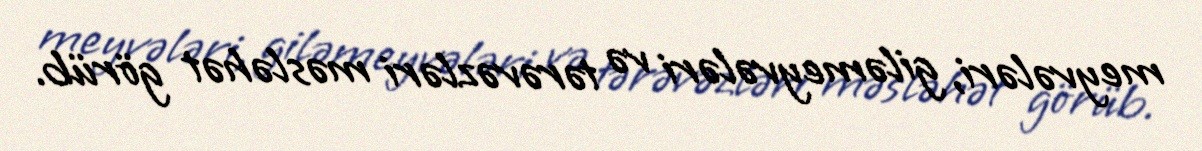
meyvələri, giləmeyvələri və tərəvəzləri məsləhət görüb.